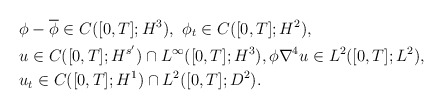
\begin{align*}& \phi-\overline{\phi} \in C([0,T]; H^3), \ \phi _t \in C([0,T]; H^2), \\& u\in C([0,T]; H^{s'})\cap L^\infty([0,T]; H^3), \phi \nabla^4 u\in L^2([0,T] ; L^2), \\& u_t \in C([0,T]; H^1)\cap L^2([0,T] ; D^2).\end{align*}